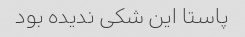
پاستا این شکی ندیده بود